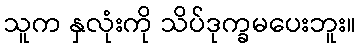
သူက နှလုံးကို သိပ်ဒုက္ခမပေးဘူး။